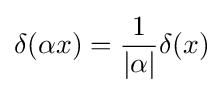
\delta (\alpha x)={\frac {1}{\left\vert \alpha \right\vert }}\delta (x)